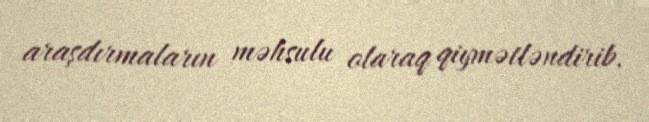
araşdırmaların məhsulu olaraq qiymətləndirib.